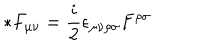
* F _ { \mu \nu } = \frac { i } { 2 } \epsilon _ { \mu \nu \rho \sigma } F ^ { \rho \sigma }